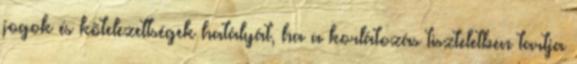
jogok és kötelezettségek hatályát, ha a korlátozás tiszteletben tartja